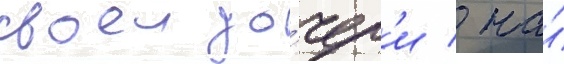
своеи до́чер'и / на́